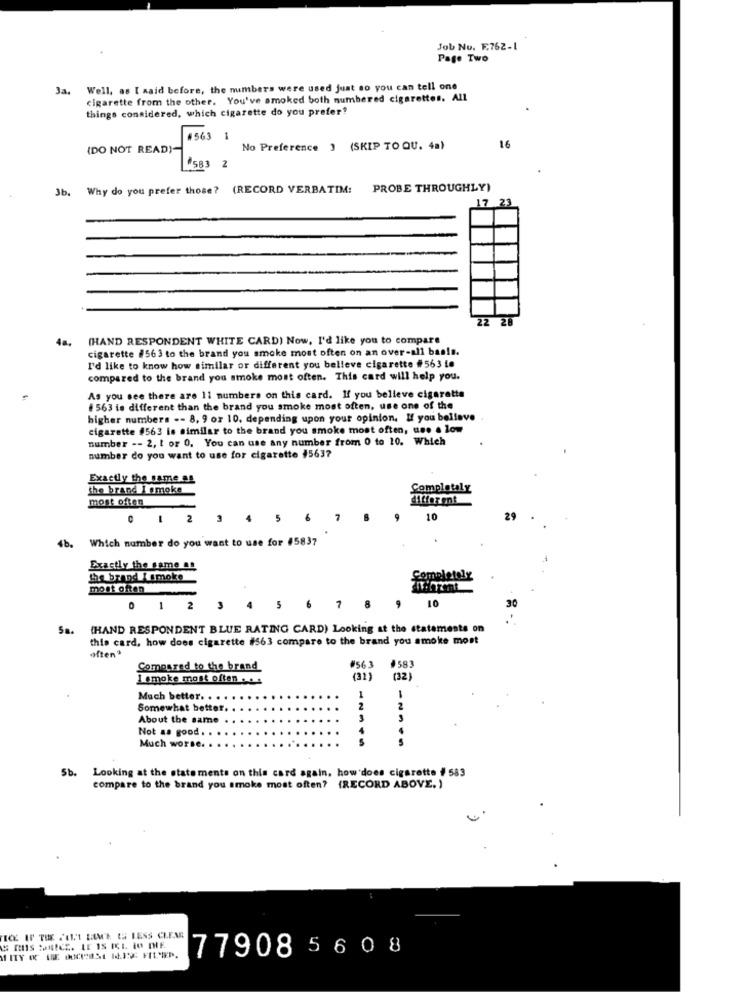
Job No. F.762-1
Page Two
Ja,
Well, as I said before, the numbers were used just so you can tell one
cigarette from the other. You've smoked both numbered cigarettes. All
things considered, which cigarette do you prefer?
#563 1
(DO NOT READ)-
No Preference ) (SKIP TO QU. 4a)
16
#583 2
3b.
Why do you prefer those? (RECORD VERBATIM: PROBE THROUGHLY)
17 23
22 28
(HAND RESPONDENT WHITE CARD) Now, I'd like you to compare
cigarette #563 to the brand you smoke most often on an over-all bas!s.
I'd like to know how similar or different you belleve cigarette #563 to
compared to the brand you smoke most often. This card will help you.
As you see there are 11 numbers on this card. If you believe cigarette
# 563 is different than the brand you smoke most often, use one of the
higher numbers -- 8, 9 or 10, depending upon your opinion. If you believe
cigarette 4563 is similar to the brand you smoke most often, une . low
number -- 2, t or 0. You can use any number from 0 to 10. Which
number do you want to use for cigarette #5637
Exactly the same as
the brand I smoke
Completaly
most often
different
2
3
10
Which number do you want to use for 45837
4b.
Exactly the same as
the brand I smoke
etoly
most often
0 1 2 3 4
5
6
7
8
9 10
30
5a.
(HAND RESPONDENT BLUE RATING CARD) Looking at the statements on
this card, how does cigarette #563 compare to the brand you smoke most
often*
Compared to the brand
#563
#583
I smoke most often . . .
(32)
(32)
Much better. ..
1
Somewhat better.
2
About the same
3
Not a. good. .
Much worse.
Sb.
Looking at the statements on this card again, how does cigarette # 583
compare to the brand you smoke most often? (RECORD ABOVE. )
TICE IF THE FALL LIME ES LESS CLEAR
S RIS CHILICE. LE IS ICL LO THE
77908 5608